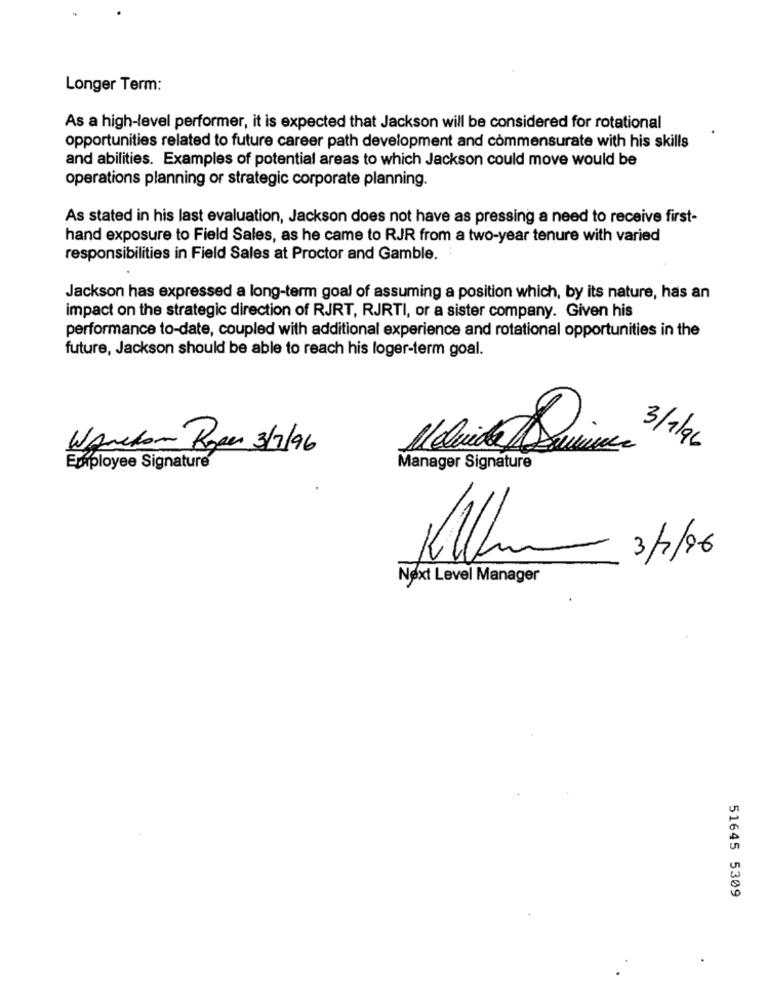
Longer Term:
As a high-level performer, it is expected that Jackson will be considered for rotational
opportunities related to future career path development and commensurate with his skills
and abilities. Examples of potential areas to which Jackson could move would be
operations planning or strategic corporate planning.
As stated in his last evaluation, Jackson does not have as pressing a need to receive first-
hand exposure to Field Sales, as he came to RJR from a two-year tenure with varied
responsibilities in Field Sales at Proctor and Gamble.
Jackson has expressed a long-term goal of assuming a position which, by its nature, has an
impact on the strategic direction of RJRT, RJRTI, or a sister company. Given his
performance to-date, coupled with additional experience and rotational opportunities in the
future, Jackson should be able to reach his loger-term goal.
WAnton Roper 3/7/96
3/1/96
Eraployee Signature
Manager Signature
3/7/96
Next Level Manager
51645 5309